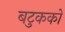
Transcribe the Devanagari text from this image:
बटुकको